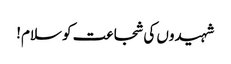
شہیدوں کی شجاعت کو سلام!